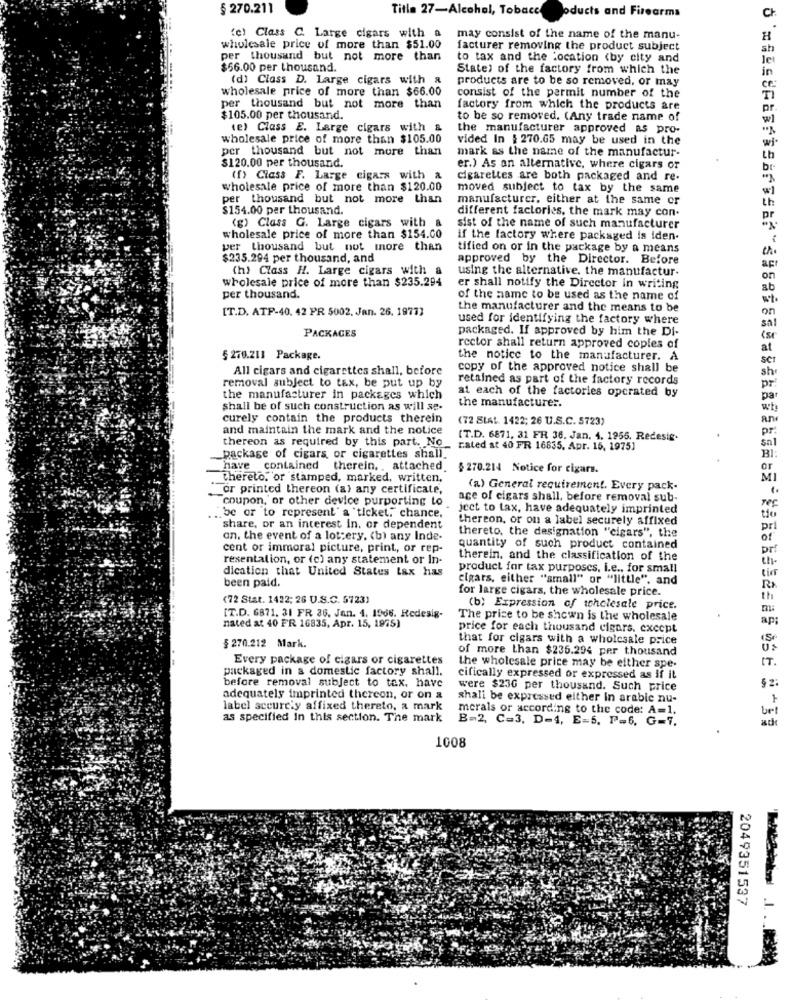
§ 270.211
Title 27-Alcohol, Tobacco
pducts and Firearms
C
(c) Class C. Large cigars with a
may consist of the name of the manu-
wholesale price of more than $51.00
facturer removing the product subject
sh
per thousand but not more than
to tax and the location <by city and
Je
$56.00 per thousand.
State) of the factory from which the
in
(d) Class D. Large cigars with a
products are to be so removed, or may
wholesale price of more than $66.00
consist of the permit number of the
per thousand but not more than
factory from which the products are
pr.
$105.00 per thousand.
to be so removed. (Any trade name of
(e) Class E. Large cigars with &
the manufacturer approved as pro-
wholesale price of more than $105.00
vided In $ 270.65 may be used in the
wi.
per thousand but not more than
mark as the name of the manufactur-
th
$120.00 per thousand.
er.) As an alternative, where cigars or
br-
(f) Class F. Large cigars with a
cigarettes are both packaged and re-
wholesale price of more than $120.00
moved subject to tax by the same
per thousand but not more than
manufacturer, either at the same or
th
$154.00 per thousand.
different factories, the mark may con.
(g) Class G. Large cigars with a
pr
sist of the name of such manufacturer
wholesale price of more than $154.00
if the factory where packaged is iden
per thousand but not more than
tified on or in the package by a means
$235.294 per thousand, and
approved by the Director. Before
(h) Class H. Large cigars with a
using the alternative. the manufactur-
apr
wholesale price of more than $235.294
on
er shall notify the Director in writing
ab
per thousand.
of the name to be used as the name of
[T.D. ATP-40. 42 PR 5002. Jan. 26. 19773
the manufacturer and the means to be
on
used for identifying the factory where
sal
PACKAGES
packaged. If approved by him the Di-
rector shall return approved copies of
at
§ 270.211 Package.
the notice to the manufacturer. A
SCT
All cigars and cigarettes shall, before
copy of the approved notice shall be
sh
retained as part of the factory records
pr
removal subject to tax, be put up by
at each of the factories operated by
the manufacturer in packages which
the manufacturer.
par
shall be of such construction as will se-
wh
curely contain the products therein
(72 SLAL. 1422; 26 U.S.C. 5723)
ar
and maintain the mark and the notice
pr:
thereon as required by this part. No
[T.D. 6871, 31 FR 36. Jan. 4. 1955. Redesig.
sal
rated st 40 FR 16835. Apr. 15, 1975]
BI
package of cigars, or cigarettes shall
have contained therein ,. attached. $270.214 Notice for cigars.
or
thereto."or stamped, marked, written.
or printed thereon (a) any certificate,
(a) General requirement. Every pack-
coupon, or other device purporting to
age of cigars shall, before removal sub-
be or to represent' a ticket," chance,
ject to tax, have adequately imprinted
tio
thereon, or on a label securely affixed
share, or an interest in, or dependent
thereto, the designation "cigars", the
pri
an. the event of a lot:ery, (b) any Inde-
of
cent or immoral picture, print, or rep-
quantity of such product contained
Dri
resentalion, or (c) any statement or In-
therein, and the classification of the
dication that United States Lax has
product for tax purposes. i.e ., for small
been paid.
cigars, either "small" or "little". and
for large cigars, the wholesale price.
Rx
(72 Stat. 1422; 26 U.S.C. 5723)
th
(b) Expression of thelesale price.
[T.D. 6871. 31 FR 36. Jan. 4. 1966. Redesig-
The price to be shown is the wholesale
ap;
nated at 40 FR 16835, Apr. 15, 1975)
price for each thousand cigars. except
that for cigars with a wholesale price
$ 270.212 Mark.
of more than $236.294 per thousand
Every package of cigars or cigarettes
IT .
packaged in a domestic factory shall.
the wholesale price may be either spe-
before removal subject to tex, have
cifically expressed or expressed as if it
$2:
were $230 per thousand. Such price
adequately imprinted thereon, or on &
shall be expressed either in arabic nu-
label securely affixed thereto, a mark
merals or according to the code: A=1.
as specified in this section. The mark
B=2, C=3, D-4, E=5. P=6. G=7.
1008
2049351537